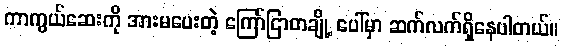
ကာကွယ်ဆေးကို အားမပေးတဲ့ ကြော်ငြာတချို့ ပေါ်မှာ ဆက်လက်ရှိနေပါတယ်။